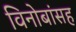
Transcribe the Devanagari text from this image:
विनोबांसह